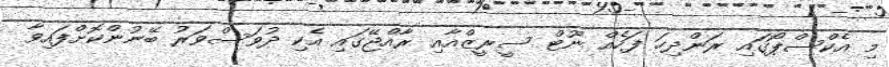
މި އެކްސްޕޯގައި ރަންދިހަ ފަހެއް ނޫޓް ސީރީޒްއާއި ރާއްޖޭގައި އެކި ދުވަސްވަރު ބޭނުންކޮށްފައިވާ